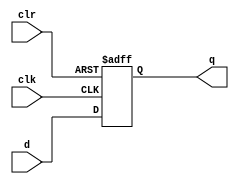
module adff( input d, clk, clr, output reg q );
`ifndef NO_INIT
    initial begin
        q = 0;
    end
`endif
	  always @( posedge clk, posedge clr )
      if ( clr )
        q <= 1'b0;
      else
        q <= d;
endmodule

module adffn( input d, clk, clr, output reg q );
`ifndef NO_INIT
    initial begin
      q = 0;
    end
`endif
	  always @( posedge clk, negedge clr )
		  if ( !clr )
			  q <= 1'b0;
  		else
        q <= d;
endmodule

module dffs( input d, clk, pre, clr, output reg q );
`ifndef NO_INIT
    initial begin
      q = 0;
    end
`endif
    always @( posedge clk )
      if ( pre )
        q <= 1'b1;
      else
        q <= d;
endmodule

module ndffnr( input d, clk, pre, clr, output reg q );
`ifndef NO_INIT
    initial begin
      q = 0;
    end
`endif
    always @( negedge clk )
      if ( !clr )
        q <= 1'b0;
      else
        q <= d;
endmodule